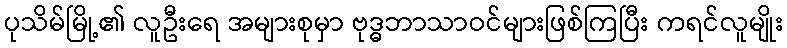
ပုသိမ်မြို့၏ လူဦးရေ အများစုမှာ ဗုဒ္ဓဘာသာဝင်များဖြစ်ကြပြီး ကရင်လူမျိုး